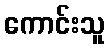
ကောင်းသူ